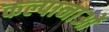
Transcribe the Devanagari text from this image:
कल्पानाओं